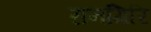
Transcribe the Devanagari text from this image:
रानगिरि